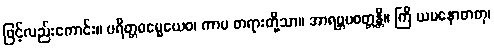
ဖြင့်လည်းကောင်း။ ပရိတ္တဓမ္မေယေဝ၊ ကာမ တရားတို့သာ။ အာရဗ္ဘပဝတ္တန္တိ။ ကြိ ယမနောဓာတု၊